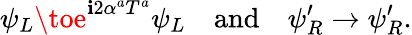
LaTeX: \psi_{L}\toe^{\mathbf{i}2\alpha^{a}T^{a}}\psi_{L}\quad\mathrm{{and}}\quad\psi_{R}^{\prime}\to\psi_{R}^{\prime}.